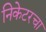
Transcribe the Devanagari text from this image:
निकेटरचा